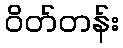
ဝိတ်တန်း